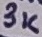
Text: 3K